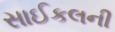
સાઈકલની